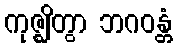
ကုဇ္ဈိတွာ ဘဂဝန္တံ